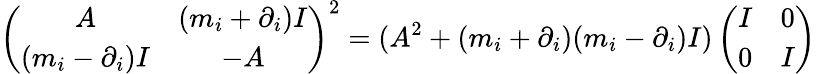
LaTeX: \left(\begin{array}{cc}{{A}}&{{(m_{i}+\partial_{i})I}}\\ {{(m_{i}-\partial_{i})I}}&{{-A}}\end{array}\right)^{2}=(A^{2}+(m_{i}+\partial_{i})(m_{i}-\partial_{i})I)\left(\begin{array}{cc}{{I}}&{{0}}\\ {{0}}&{{I}}\end{array}\right)